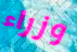
وزراء